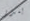
بندر